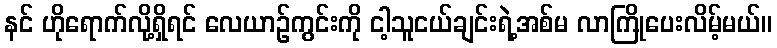
နင် ဟိုရောက်လို့ရှိရင် လေယာဉ်ကွင်းကို ငါ့သူငယ်ချင်းရဲ့အစ်မ လာကြိုပေးလိမ့်မယ်။